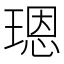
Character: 𤨒